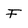
Character: F